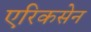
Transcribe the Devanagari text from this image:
एरिकसेन